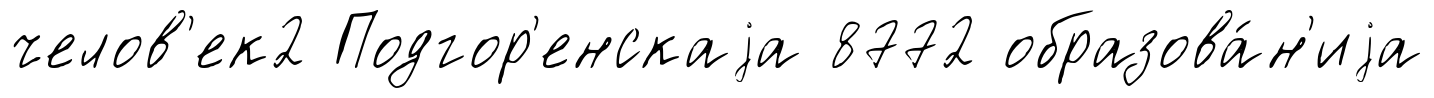
челов'ек2 Подгор'енскаjа 8772 образова́н'иjа